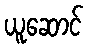
ယူဆောင်